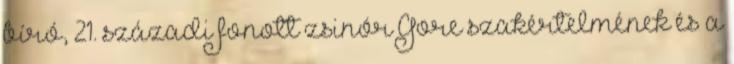
bíró, 21. századi fonott zsinór Gore szakértelmének és a